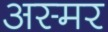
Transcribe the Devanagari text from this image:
अस्मर